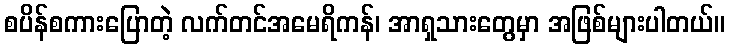
စပိန်စကားပြောတဲ့ လက်တင်အမေရိကန်၊ အာရှသားတွေမှာ အဖြစ်များပါတယ်။